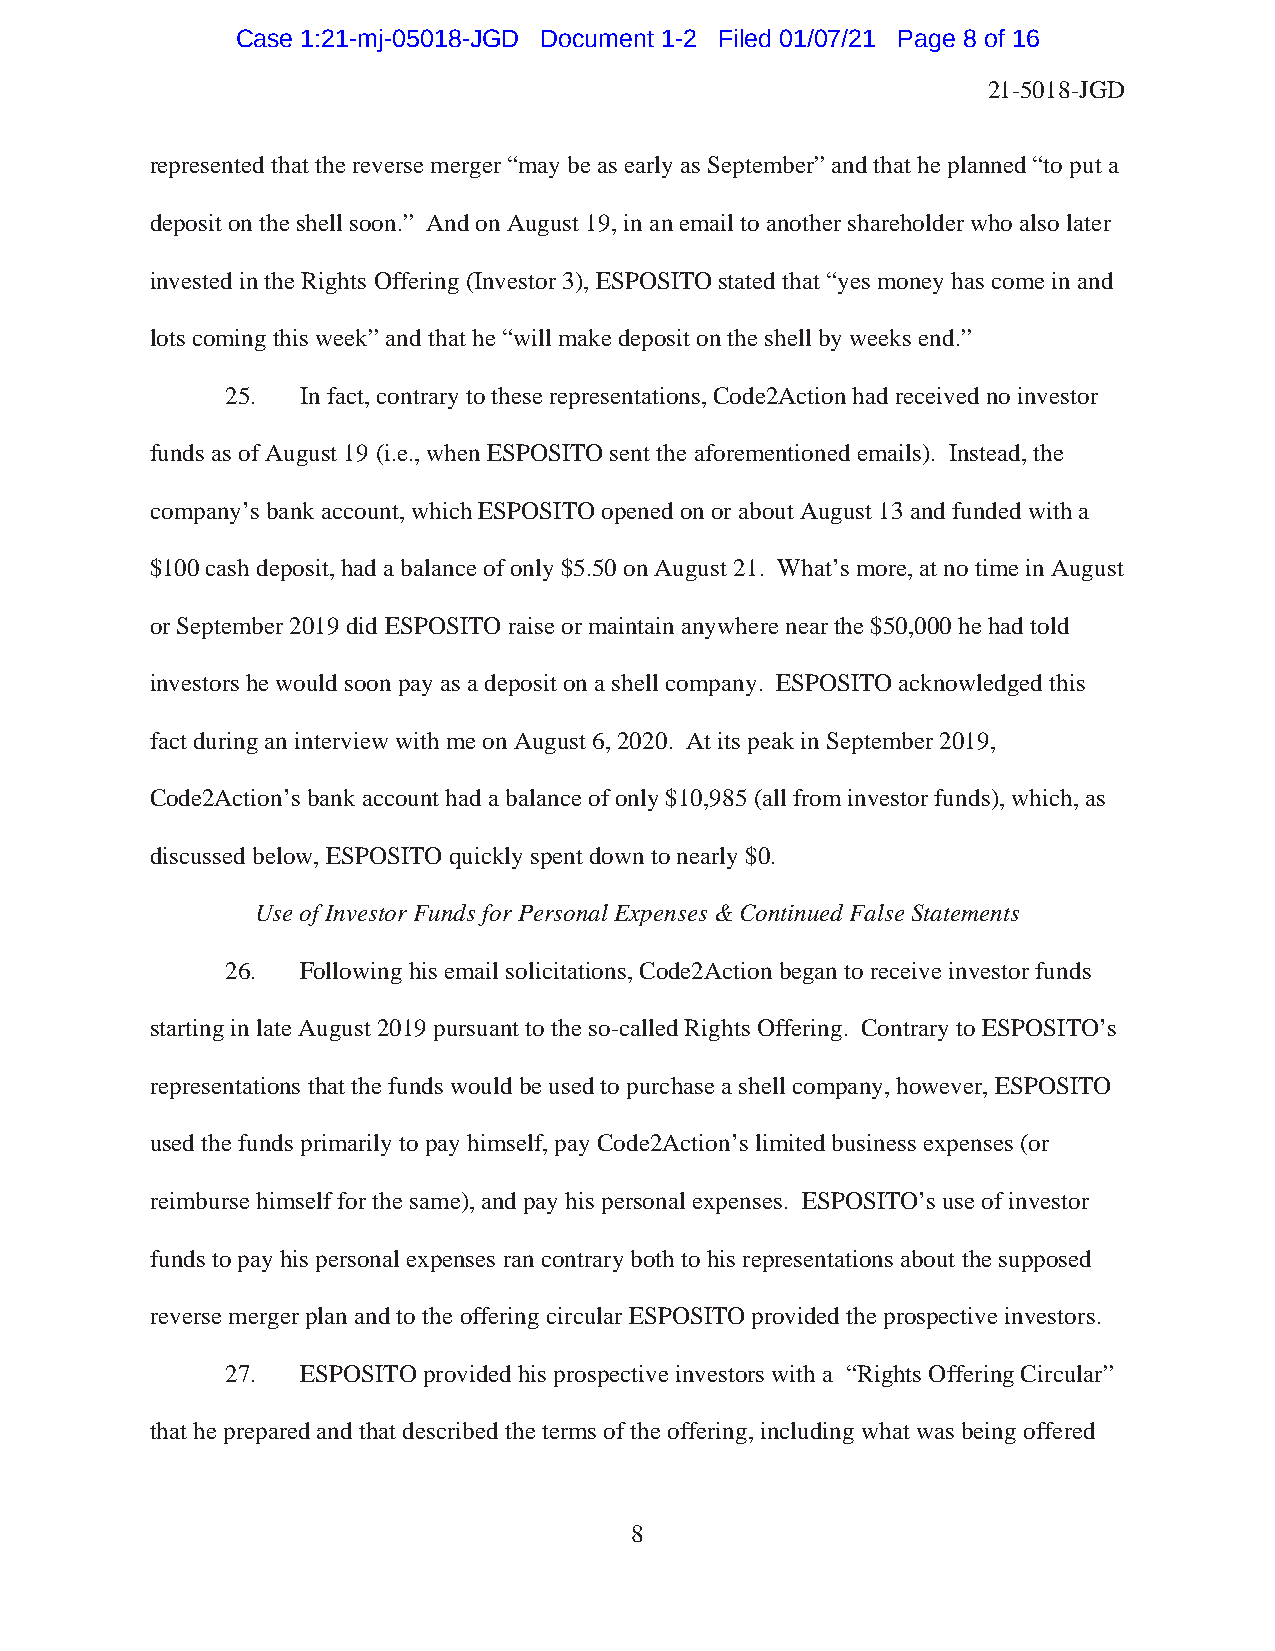
Case 1:21-mj-05018-JGD Document 1-2 Filed 01/07/21 Page 8 of 16
 21-5018-JGD
 represented that the reverse merger “may be as early as September” and that he planned “to put a
 deposit on the shell soon.” And on August 19, in an email to another shareholder who also later
 invested in the Rights Offering (Investor 3), ESPOSITO stated that “yes money has come in and
 lots coming this week” and that he “will make deposit on the shell by weeks end.”
 25.  In fact, contrary to these representations, Code2Action had received no investor
 funds as of August 19 (i.e., when ESPOSITO sent the aforementioned emails). Instead, the
 company’s bank account, which ESPOSITO opened on or about August 13 and funded with a
 $100 cash deposit, had a balance of only $5.50 on August 21. What’s more, at no time in August
 or September 2019 did ESPOSITO raise or maintain anywhere near the $50,000 he had told
 investors he would soon pay as a deposit on a shell company. ESPOSITO acknowledged this
 fact during an interview with me on August 6, 2020. At its peak in September 2019,
 Code2Action’s bank account had a balance of only $10,985 (all from investor funds), which, as
 discussed below, ESPOSITO quickly spent down to nearly $0.
 Use of Investor Funds for Personal Expenses & Continued False Statements
 26.  Following his email solicitations, Code2Action began to receive investor funds
 starting in late August 2019 pursuant to the so-called Rights Offering. Contrary to ESPOSITO’s
 representations that the funds would be used to purchase a shell company, however, ESPOSITO
 used the funds primarily to pay himself, pay Code2Action’s limited business expenses (or
 reimburse himself for the same), and pay his personal expenses. ESPOSITO’s use of investor
 funds to pay his personal expenses ran contrary both to his representations about the supposed
 reverse merger plan and to the offering circular ESPOSITO provided the prospective investors.
 27.  ESPOSITO provided his prospective investors with a “Rights Offering Circular”
 that he prepared and that described the terms of the offering, including what was being offered
 8